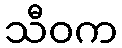
သီဝက